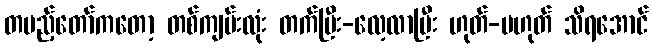
တပည့်တော်ကတော့ တစ်ကျမ်းလုံး တက်ပြီး-လေ့လာပြီး ဟုတ်-မဟုတ် သိရအောင်